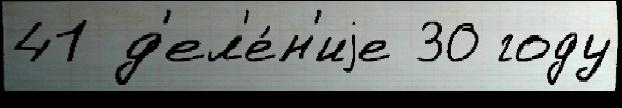
41 д'ел'е́н'иjе 30 году